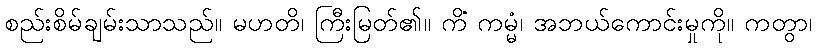
စည်းစိမ်ချမ်းသာသည်။ မဟတိ၊ ကြီးမြတ်၏။ ကိံ ကမ္မံ၊ အဘယ်ကောင်းမှုကို။ ကတွာ၊